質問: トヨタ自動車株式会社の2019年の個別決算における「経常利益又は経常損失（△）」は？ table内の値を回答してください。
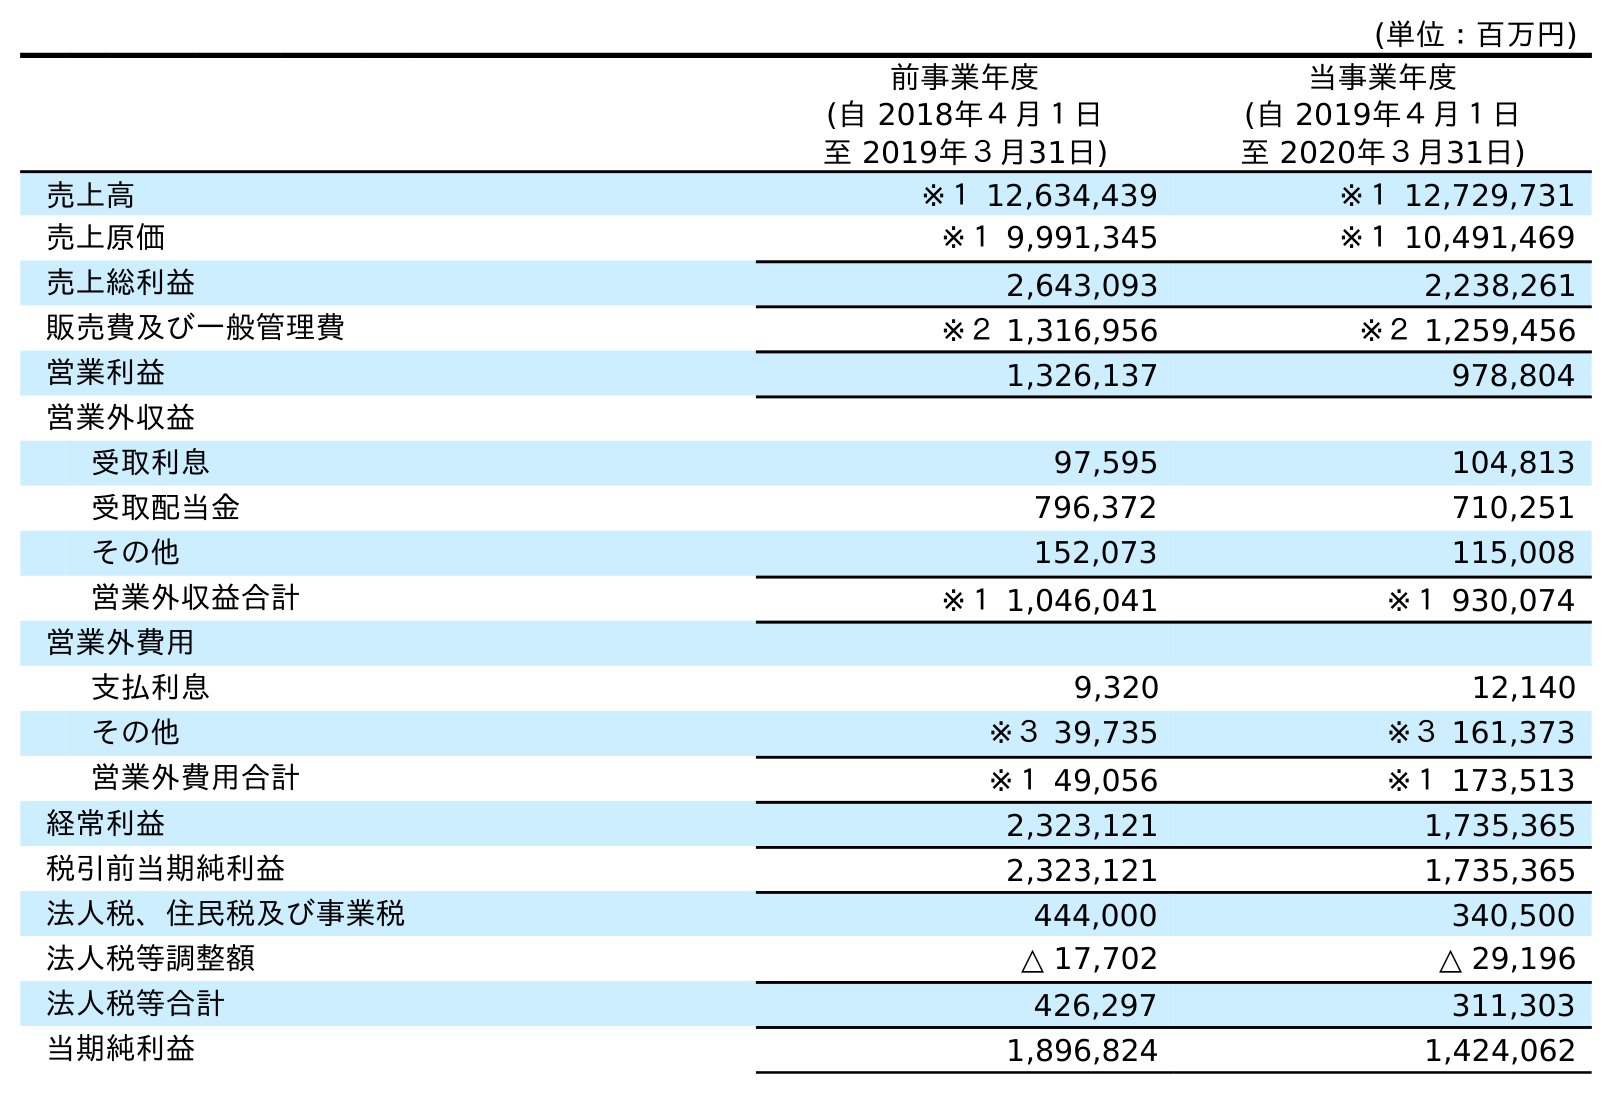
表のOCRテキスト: (単位：百万円) 前事業年度 (自 2018年４月１日 至 2019年３月31日) 当事業年度 (自 2019年４月１日 至 2020年３月31日) 売上高 ※１ 12,634,439 ※１ 12,729,731 売上原価 ※１ 9,991,345 ※１ 10,491,469 売上総利益 2,643,093 2,238,261 販売費及び一般管理費 ※２ 1,316,956 ※２ 1,259,456 営業利益 1,326,137 978,804 営業外収益 受取利息 97,595 104,813 受取配当金 796,372 710,251 その他 152,073 115,008 営業外収益合計 ※１ 1,046,041 ※１ 930,074 営業外費用 支払利息 9,320 12,140 その他 ※３ 39,735 ※３ 161,373 営業外費用合計 ※１ 49,056 ※１ 173,513 経常利益 2,323,121 1,735,365 税引前当期純利益 2,323,121 1,735,365 法人税、住民税及び事業税 444,000 340,500 法人税等調整額 △ 17,702 △ 29,196 法人税等合計 426,297 311,303 当期純利益 1,896,824 1,424,062
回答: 2,323,121